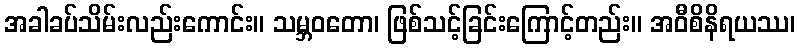
အခါခပ်သိမ်းလည်းကောင်း။ သမ္ဘဝတော၊ ဖြစ်သင့်ခြင်းကြောင့်တည်း။ အဝီစိနိရယဿ၊